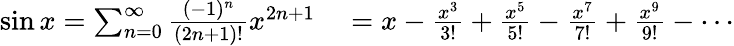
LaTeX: \begin{array}{rl}{\sin x=\sum_{n=0}^{\infty}{\frac{(-1)^{n}}{(2n+1)!}}x^{2n+1}}&{{}=x-{\frac{x^{3}}{3!}}+{\frac{x^{5}}{5!}}-{\frac{x^{7}}{7!}}+{\frac{x^{9}}{9!}}-\cdots}\end{array}